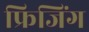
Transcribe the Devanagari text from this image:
फ्रिजिंग